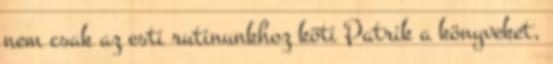
nem csak az esti rutinunkhoz köti Patrik a könyveket,